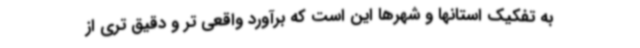
به تفکیک استانها و شهرها این است که برآورد واقعی تر و دقیق تری از